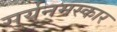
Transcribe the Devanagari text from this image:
सुर्यनमस्कार